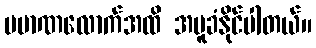
ပမာဏလောက်အထိ အပူခံနိုင်ပါတယ်။